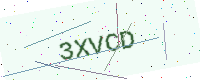
Text: 3XVCD